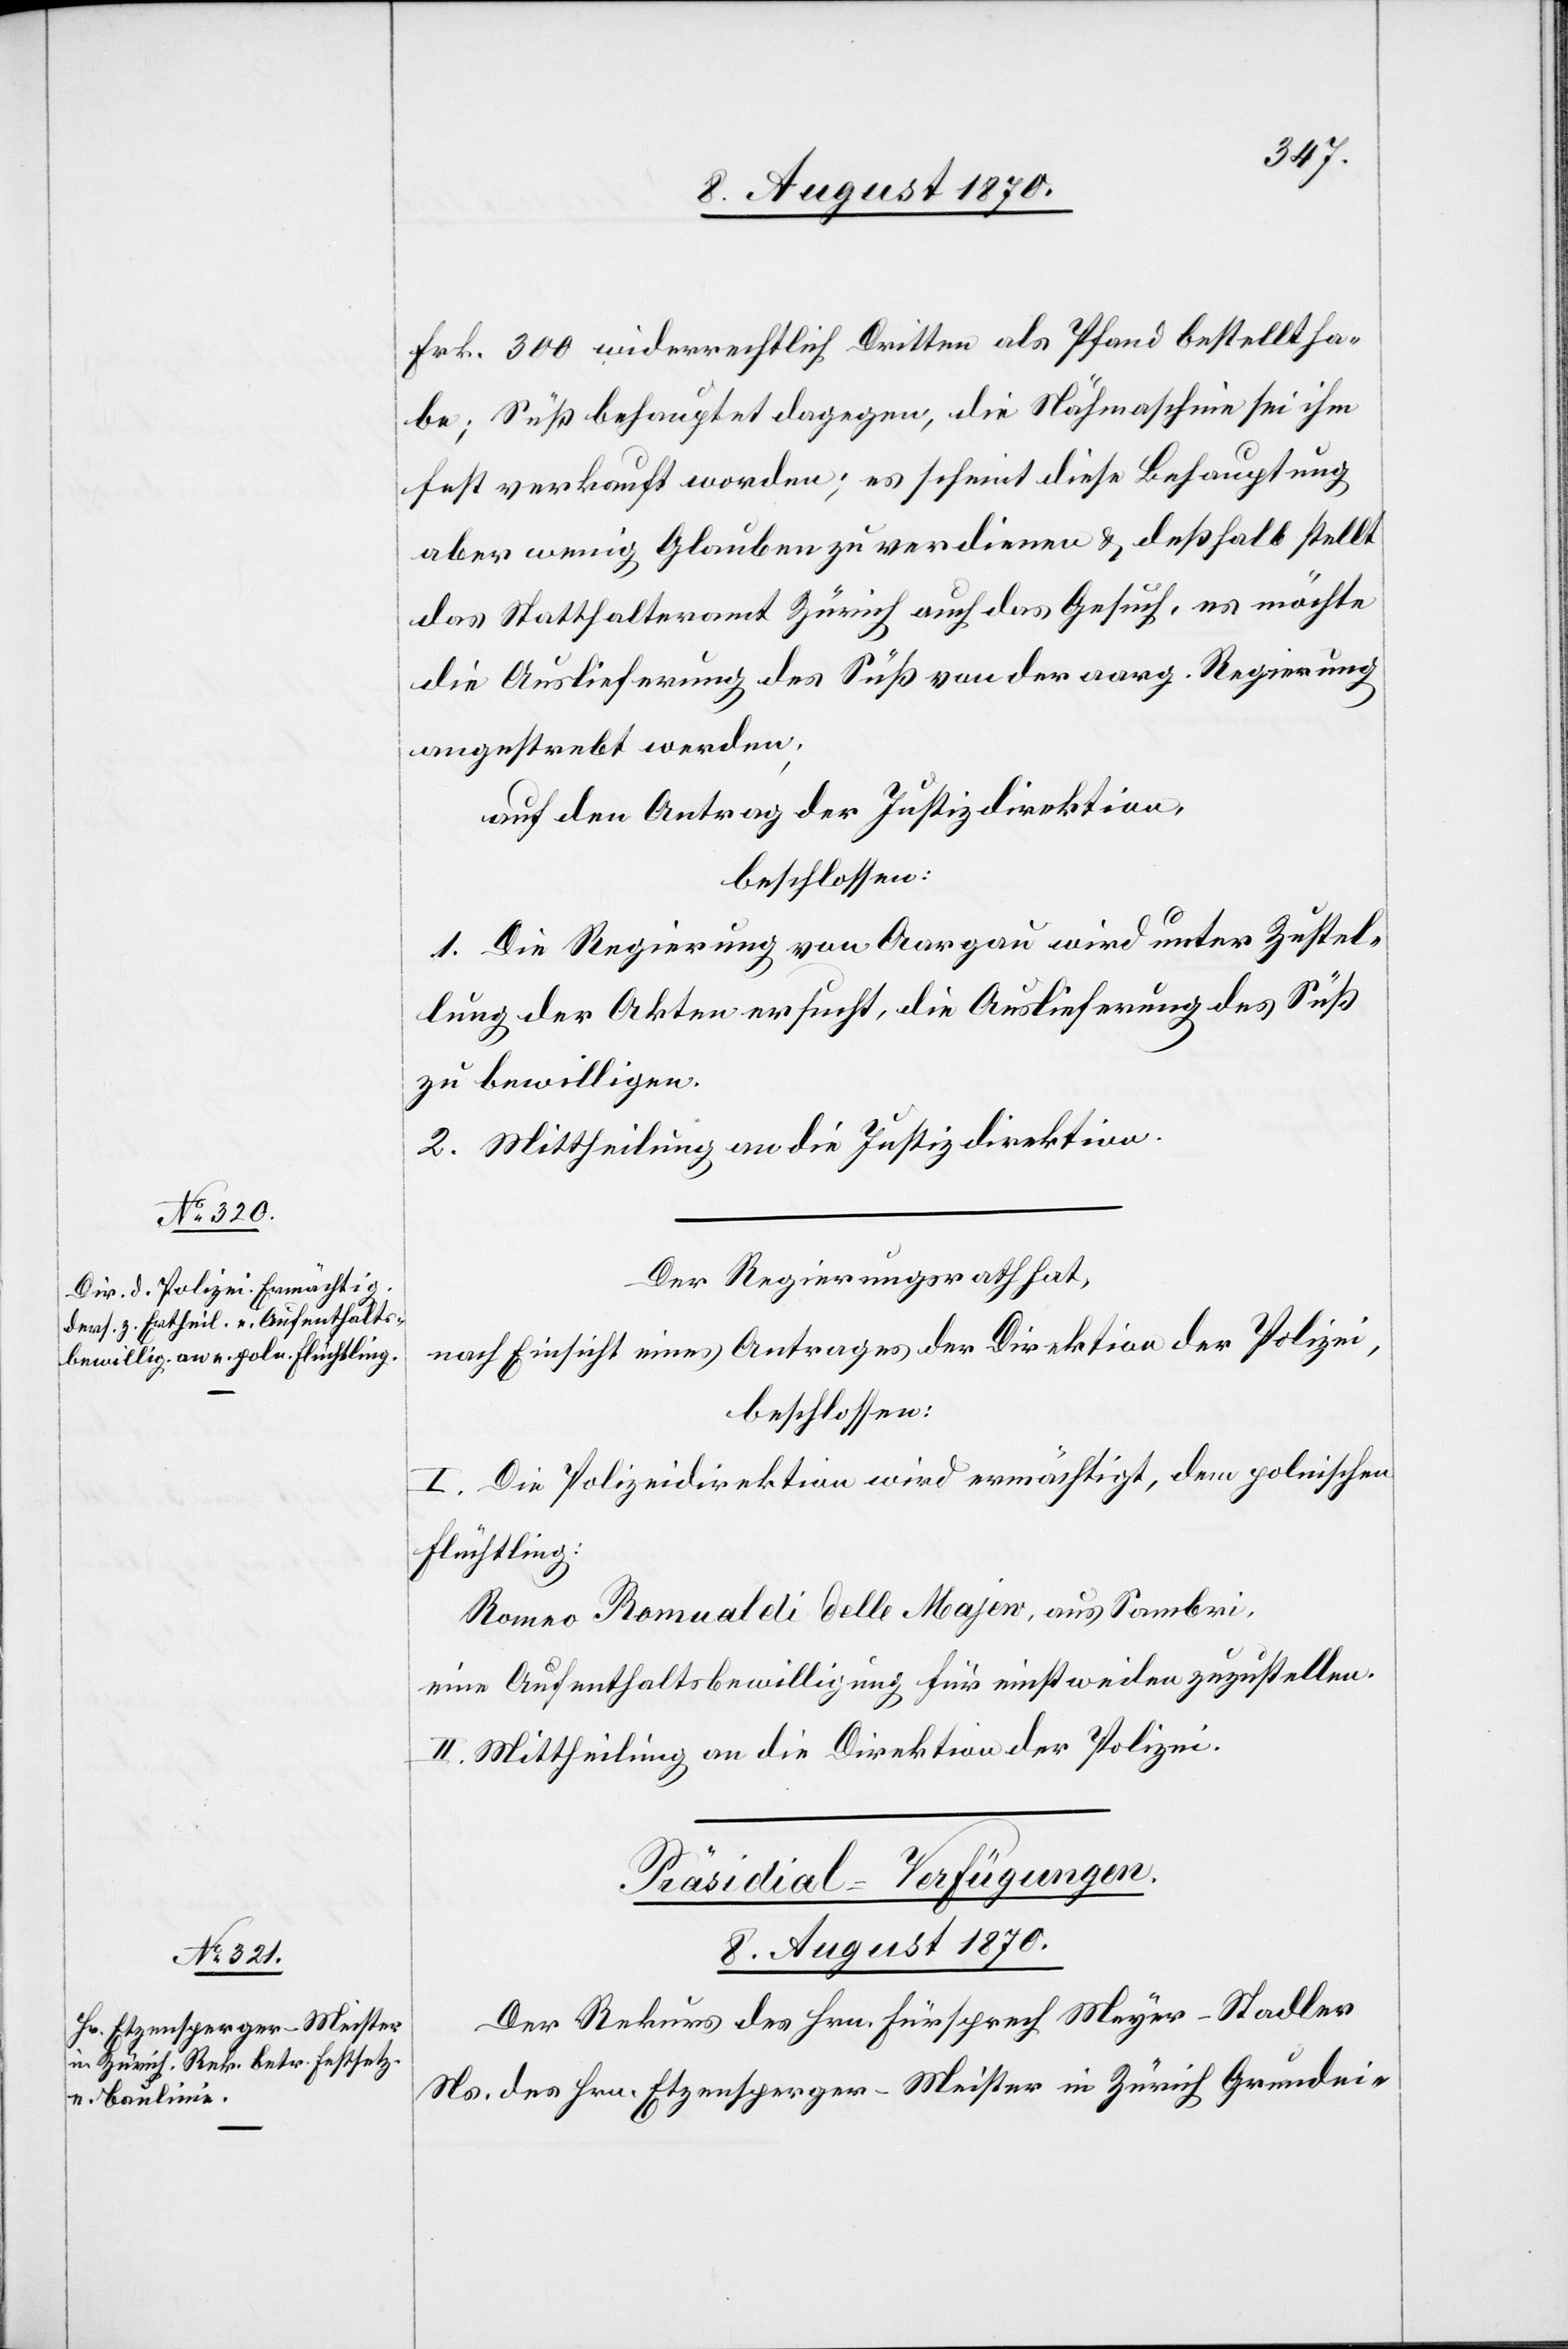
Fr. 300 widerrechtlich Dritten als Pfand bestellt ha¬
be; Süß behauptet dagegen, die Nähmaschine sei ihm
fest verkauft worden; es scheint diese Behauptung
aber wenig Glauben zu verdienen & deßhalb stellt
das Statthalteramt Zürich auch das Gesuch, es möchte
die Auslieferung des Süß von der aarg. Regierung
angestrebt werden.
auf den Antrag der Justizdirektion,
beschlossen:
1. Die Regierung von Aargau wird unter Zustel¬
lung der Akten ersucht, die Auslieferung des Süß
zu bewilligen.
2. Mittheilung an die Justizdirektion.
Der Regierungsrath hat,
nach Einsicht eines Antrages der Direktion der Polizei,
beschlossen:
I. Die Polizeidirektion wird ermächtigt, dem polnischen
Flüchtling:
Romeo Romualdi delle Majen, aus Sambri,
eine Aufenthaltsbewilligung für einstweilen zuzustellen.
II. Mittheilung an die Direktion der Polizei.
Präsidial-Verfügungen.
8. August 1870.
Der Rekurs des Hrn. Fürsprech Meyer-Stadler
Ns. des Hrn. Etzensperger-Meister in Zürich[,] Grundei-